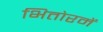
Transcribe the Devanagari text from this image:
भितोरमें